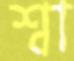
শ্বা